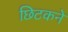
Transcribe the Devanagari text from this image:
छिटकने